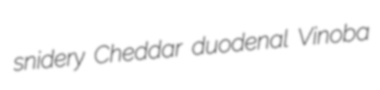
snidery Cheddar duodenal Vinoba